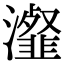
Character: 瀣